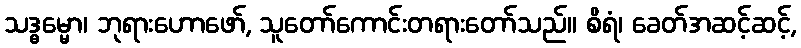
သဒ္ဓမ္မော၊ ဘုရားဟောဖော်, သူတော်ကောင်းတရားတော်သည်။ စိရံ၊ ခေတ်အဆင့်ဆင့်,